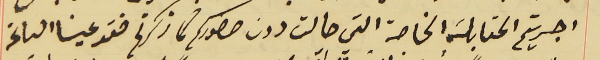
اجريتم المقابلة الخاصة التي حالت دون حضوركم كما ذكرتم فقد عينا الساعة